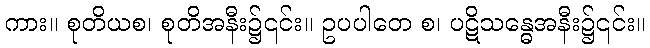
ကား။ စုတိယစ၊ စုတိအနီး၌၎င်း။ ဥပပါတေ စ၊ ပဋိသန္ဓေအနီး၌၎င်း။